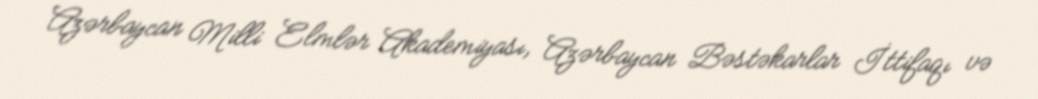
Azərbaycan Milli Elmlər Akademiyası, Azərbaycan Bəstəkarlar İttifaqı və